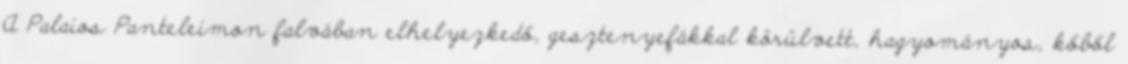
A Palaios Panteleimon falvában elhelyezkedő, gesztenyefákkal körülvett, hagyományos, kőből